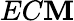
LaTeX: EC\mathbf{M}